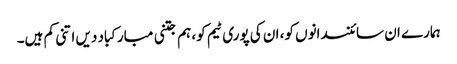
ہمارے ان سائنسدانوں کو، ان کی پوری ٹیم کو، ہم جتنی مبارکباد دیں اتنی کم ہیں۔